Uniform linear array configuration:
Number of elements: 24
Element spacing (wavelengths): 0.5
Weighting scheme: binomial
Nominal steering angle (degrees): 60
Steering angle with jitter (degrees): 58.155
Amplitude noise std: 0.05
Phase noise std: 0.05

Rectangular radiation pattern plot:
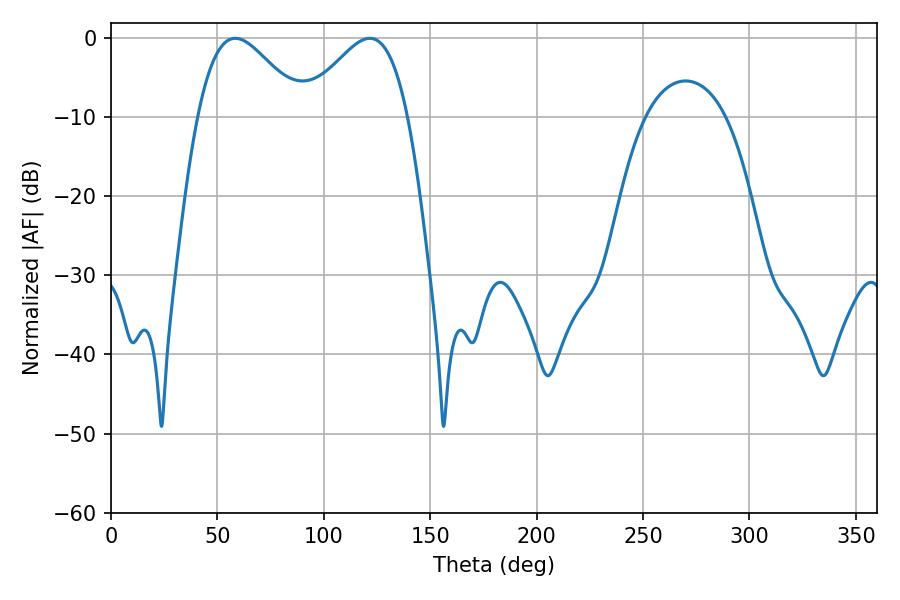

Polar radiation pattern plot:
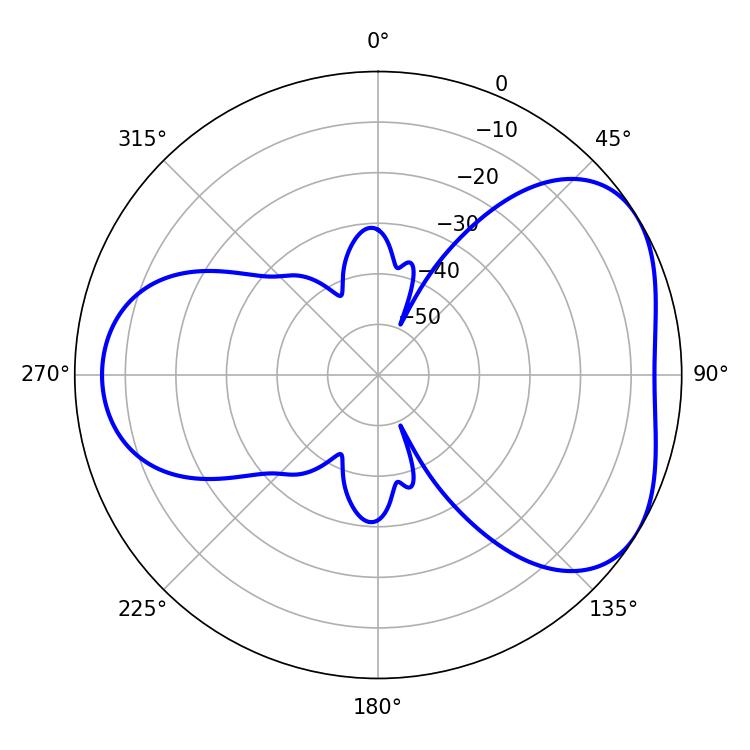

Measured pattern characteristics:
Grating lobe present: FALSE
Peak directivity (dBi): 4.419
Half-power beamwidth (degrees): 26.28
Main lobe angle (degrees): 58.32